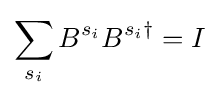
\sum _{s_{i}}B^{s_{i}}B^{s_{i}\dagger }=I